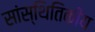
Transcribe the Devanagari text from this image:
सांस्थितिकीय